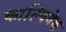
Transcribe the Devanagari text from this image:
काल्विवेक